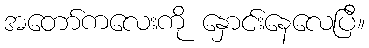
အတော်ကလေးကို နှောင်းနေလေပြီ။